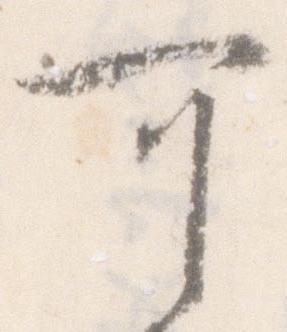
可